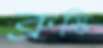
ব্রুস্কি